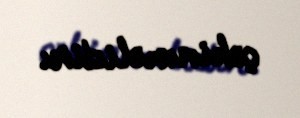
çəkinməlidir.